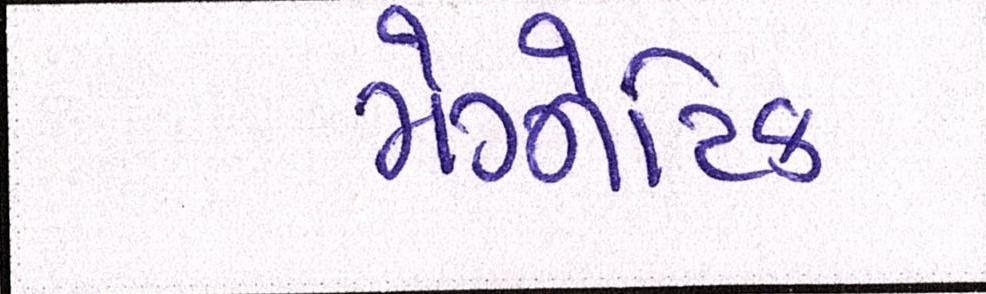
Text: મેગ્નેટિક